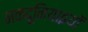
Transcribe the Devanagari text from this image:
मकदूनियाइयों